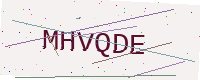
Text: MHVQDE